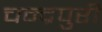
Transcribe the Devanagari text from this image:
चन्द्रपुरी